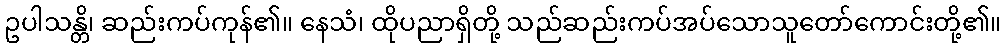
ဥပါသန္တိ၊ ဆည်းကပ်ကုန်၏။ နေသံ၊ ထိုပညာရှိတို့ သည်ဆည်းကပ်အပ်သောသူတော်ကောင်းတို့၏။